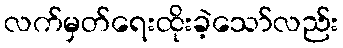
လက်မှတ်ရေးထိုးခဲ့သော်လည်း